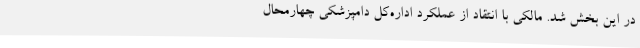
در این بخش شد. مالکی با انتقاد از عملکرد اداره‌کل دامپزشکی چهارمحال